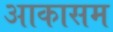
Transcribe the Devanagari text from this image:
आकासम